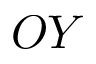
O Y